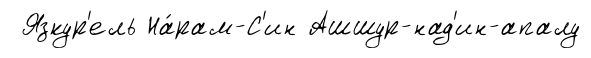
Язкур'ель На́рам-С'ин Ашшур-над'ин-апалу